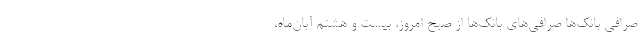
صرافی بانک‌ها صرافی‌های بانک‌ها از صبح امروز، بیست و هشتم آبان‌ماه،